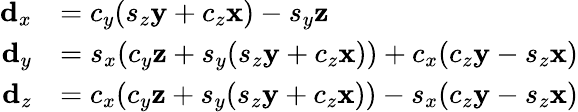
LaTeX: {\begin{array}{rl}{\mathbf{d}_{x}}&{=c_{y}(s_{z}\mathbf{y}+c_{z}\mathbf{x})-s_{y}\mathbf{z}}\\ {\mathbf{d}_{y}}&{=s_{x}(c_{y}\mathbf{z}+s_{y}(s_{z}\mathbf{y}+c_{z}\mathbf{x}))+c_{x}(c_{z}\mathbf{y}-s_{z}\mathbf{x})}\\ {\mathbf{d}_{z}}&{=c_{x}(c_{y}\mathbf{z}+s_{y}(s_{z}\mathbf{y}+c_{z}\mathbf{x}))-s_{x}(c_{z}\mathbf{y}-s_{z}\mathbf{x})}\end{array}}